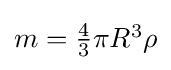
{\textstyle m={\frac {4}{3}}\pi R^{3}\rho }